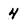
Character: 4